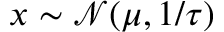
x \sim { \mathcal { N } } ( \mu , 1 / \tau )